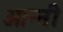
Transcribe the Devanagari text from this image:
ओन्नी